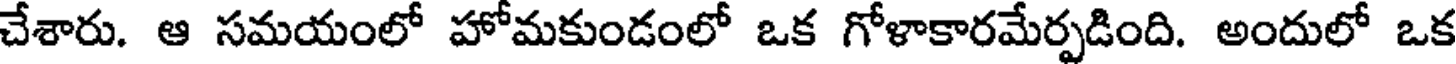
చేశారు. ఆ సమయంలో హోమకుండంలో ఒక గోళాకారమేర్పడింది. అందులో ఒక